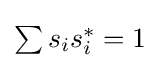
\textstyle \sum s_{i}s_{i}^{*}=1